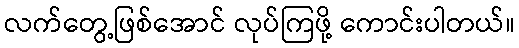
လက်တွေ့ဖြစ်အောင် လုပ်ကြဖို့ ကောင်းပါတယ်။